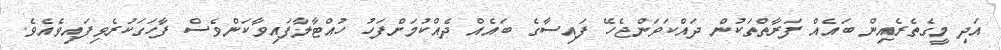
އަދި މީގެތެރެއިން ބައެއް ފަރާތްތަކުން ދައްކަވަންޖެހޭ ފައިސާގެ ބައެއް ދެއްކުމަށްފަހު ހުއްޓާލާފައިވާކަންވެސް ފާހަގަކުރެވިފައިވެއެވެ.